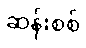
ဆန်းစစ်